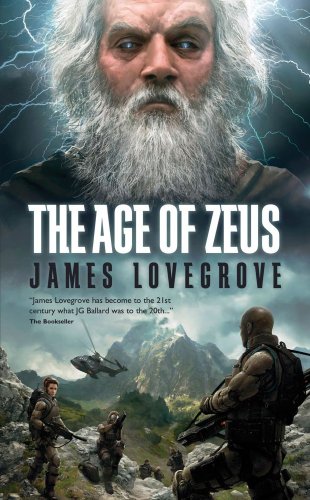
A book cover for Age of Zeus; James Lovegrove; Science Fiction & Fantasy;